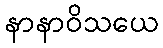
နာနာဝိသယေ